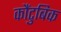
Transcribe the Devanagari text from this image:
कौंटुबिक